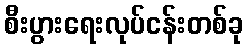
စီးပွားရေးလုပ်ငန်းတစ်ခု